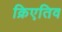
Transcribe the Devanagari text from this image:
क्रिएतिव